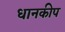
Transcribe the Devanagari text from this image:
धानकीप